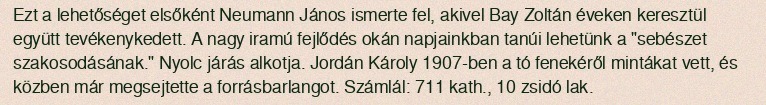
Ezt a lehetőséget elsőként Neumann János ismerte fel, akivel Bay Zoltán éveken keresztül együtt tevékenykedett. A nagy iramú fejlődés okán napjainkban tanúi lehetünk a "sebészet szakosodásának." Nyolc járás alkotja. Jordán Károly 1907-ben a tó fenekéről mintákat vett, és közben már megsejtette a forrásbarlangot. Számlál: 711 kath., 10 zsidó lak.